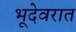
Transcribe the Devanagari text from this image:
भूदेवरात